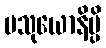
ပသုယောနိမ္ပိ